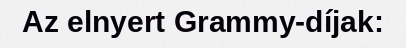
Az elnyert Grammy-díjak: